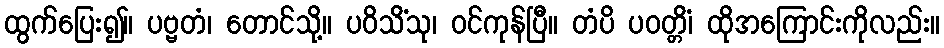
ထွက်ပြေး၍။ ပဗ္ဗတံ၊ တောင်သို့။ ပဝိသိံသု၊ ဝင်ကုန်ပြီ။ တံပိ ပဝတ္တိံ၊ ထိုအကြောင်းကိုလည်း။